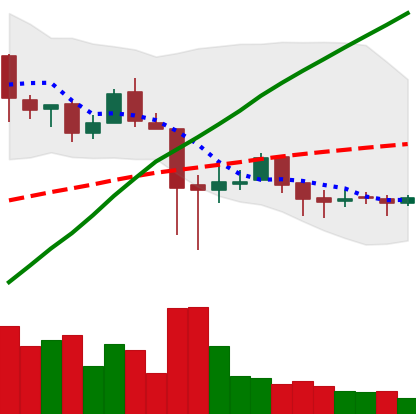
Ticker: LTC-USD
Chart end date: 2018-01-27
Forward return: -21.333%
Label: down_7plus